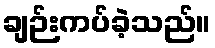
ချဉ်းကပ်ခဲ့သည်။